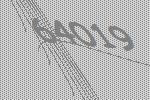
64019